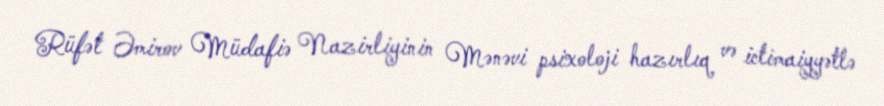
Rüfət Əmirov Müdafiə Nazirliyinin Mənəvi psixoloji hazırlıq və ictimaiyyətlə